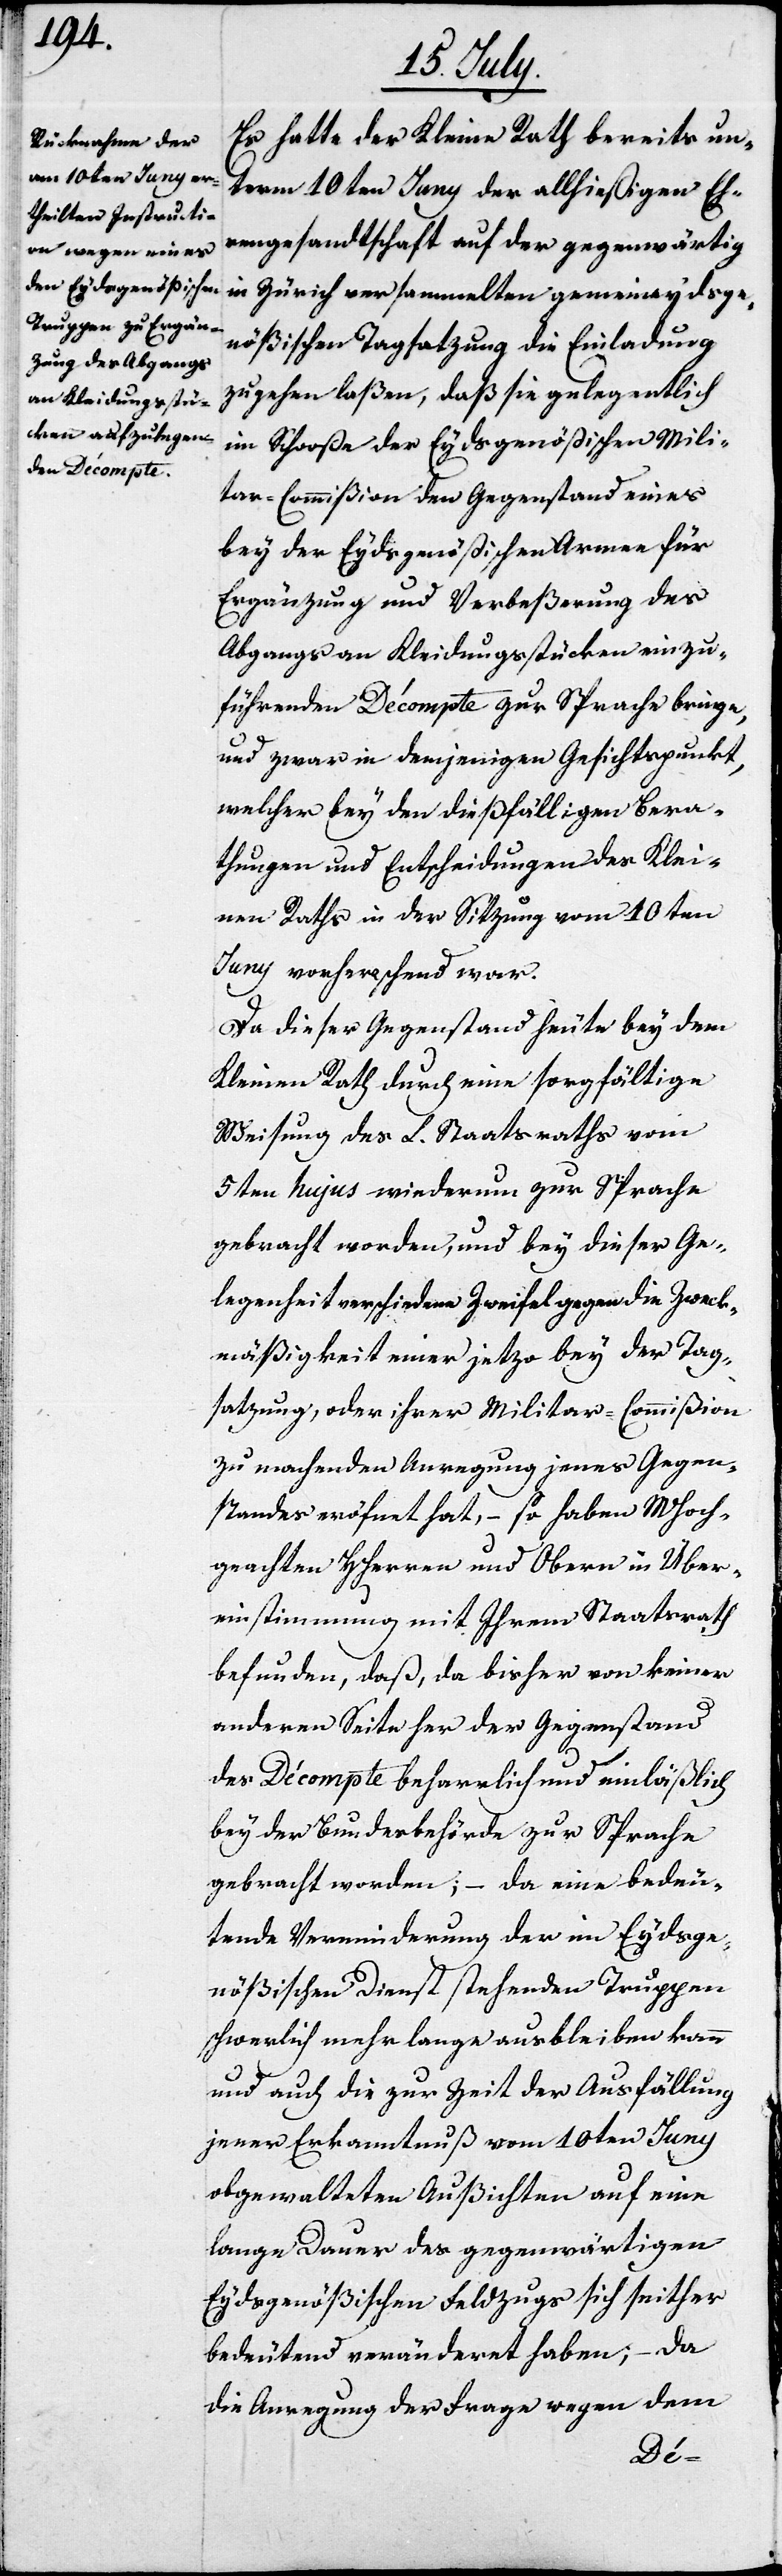
Es hatte der Kleine Rath bereits un¬
term 10ten Juny der allhießigen Eh¬
rengesandtschaft auf der gegenwärtig
in Zürich versammelten gemeineydsge¬
nößischen Tagsatzung die Einladung
zugehen laßen, daß sie gelegentlich
im Schooße der Eydsgenößischen Mili¬
tar-Commißion den Gegenstand eines
bey der Eydsgenößischen Armee für
Ergänzung und Verbeßerung des
Abgangs an Kleidungsstücken einzu¬
führenden Décompte zur Sprache bringe,
und zwar in demjenigen Gesichtspunkt,
welcher bey den dießfälligen Berwer¬
thungen und Entscheidungen des Klei¬
nen Raths in der Sitzung vom 10ten
Juny vorherrschend war.
Da dieser Gegenstand heute bey dem
Kleinen Rath durch eine sorgfältige
Weisung des L. Staatsraths vom
5ten hujus wiederum zur Sprache
gebracht worden, und bey dieser Ge¬
legenheit verschiedene Zweifel gegen die Zweck¬
mäßigkeit einer jetzo bey der Tag¬
satzung, oder ihrer Militar-Commißion
zu machenden Anregung jenes Gegen¬
standes eröfnet hat, – so haben MHoch¬
geachten HHerren und Obern in Über¬
einstimmung mit Ihrem Staatsrath
befunden, daß, da bisher von keiner
anderen Seite her der Gegenstand
des Décompte beharrlich und einläßlich
bey der Bundesbehörde zur Sprache
gebracht worden; – da eine bedeu¬
tende Verminderung der im Eydsge¬
nößischen Dienst stehenden Truppen
schwerlich mehr lang ausbleiben kann
und auch die zur Zeit der Ausfällung
jener Erkanntnuß vom 10ten Juny
obgewalteten Aussichten auf eine
lange Dauer des gegenwärtigen
Eydsgenößischen Feldzugs sich seither
bedeutend veränderet haben; – da
die Anregung der Frage wegen dem